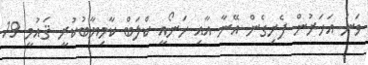
ވަނަ އަހަރުން ފެށިގެން އޭނާ އާއި ހަނޯއީ ކްލަބް ކާމިޔާބުކުރީ ޤައުމީ 19